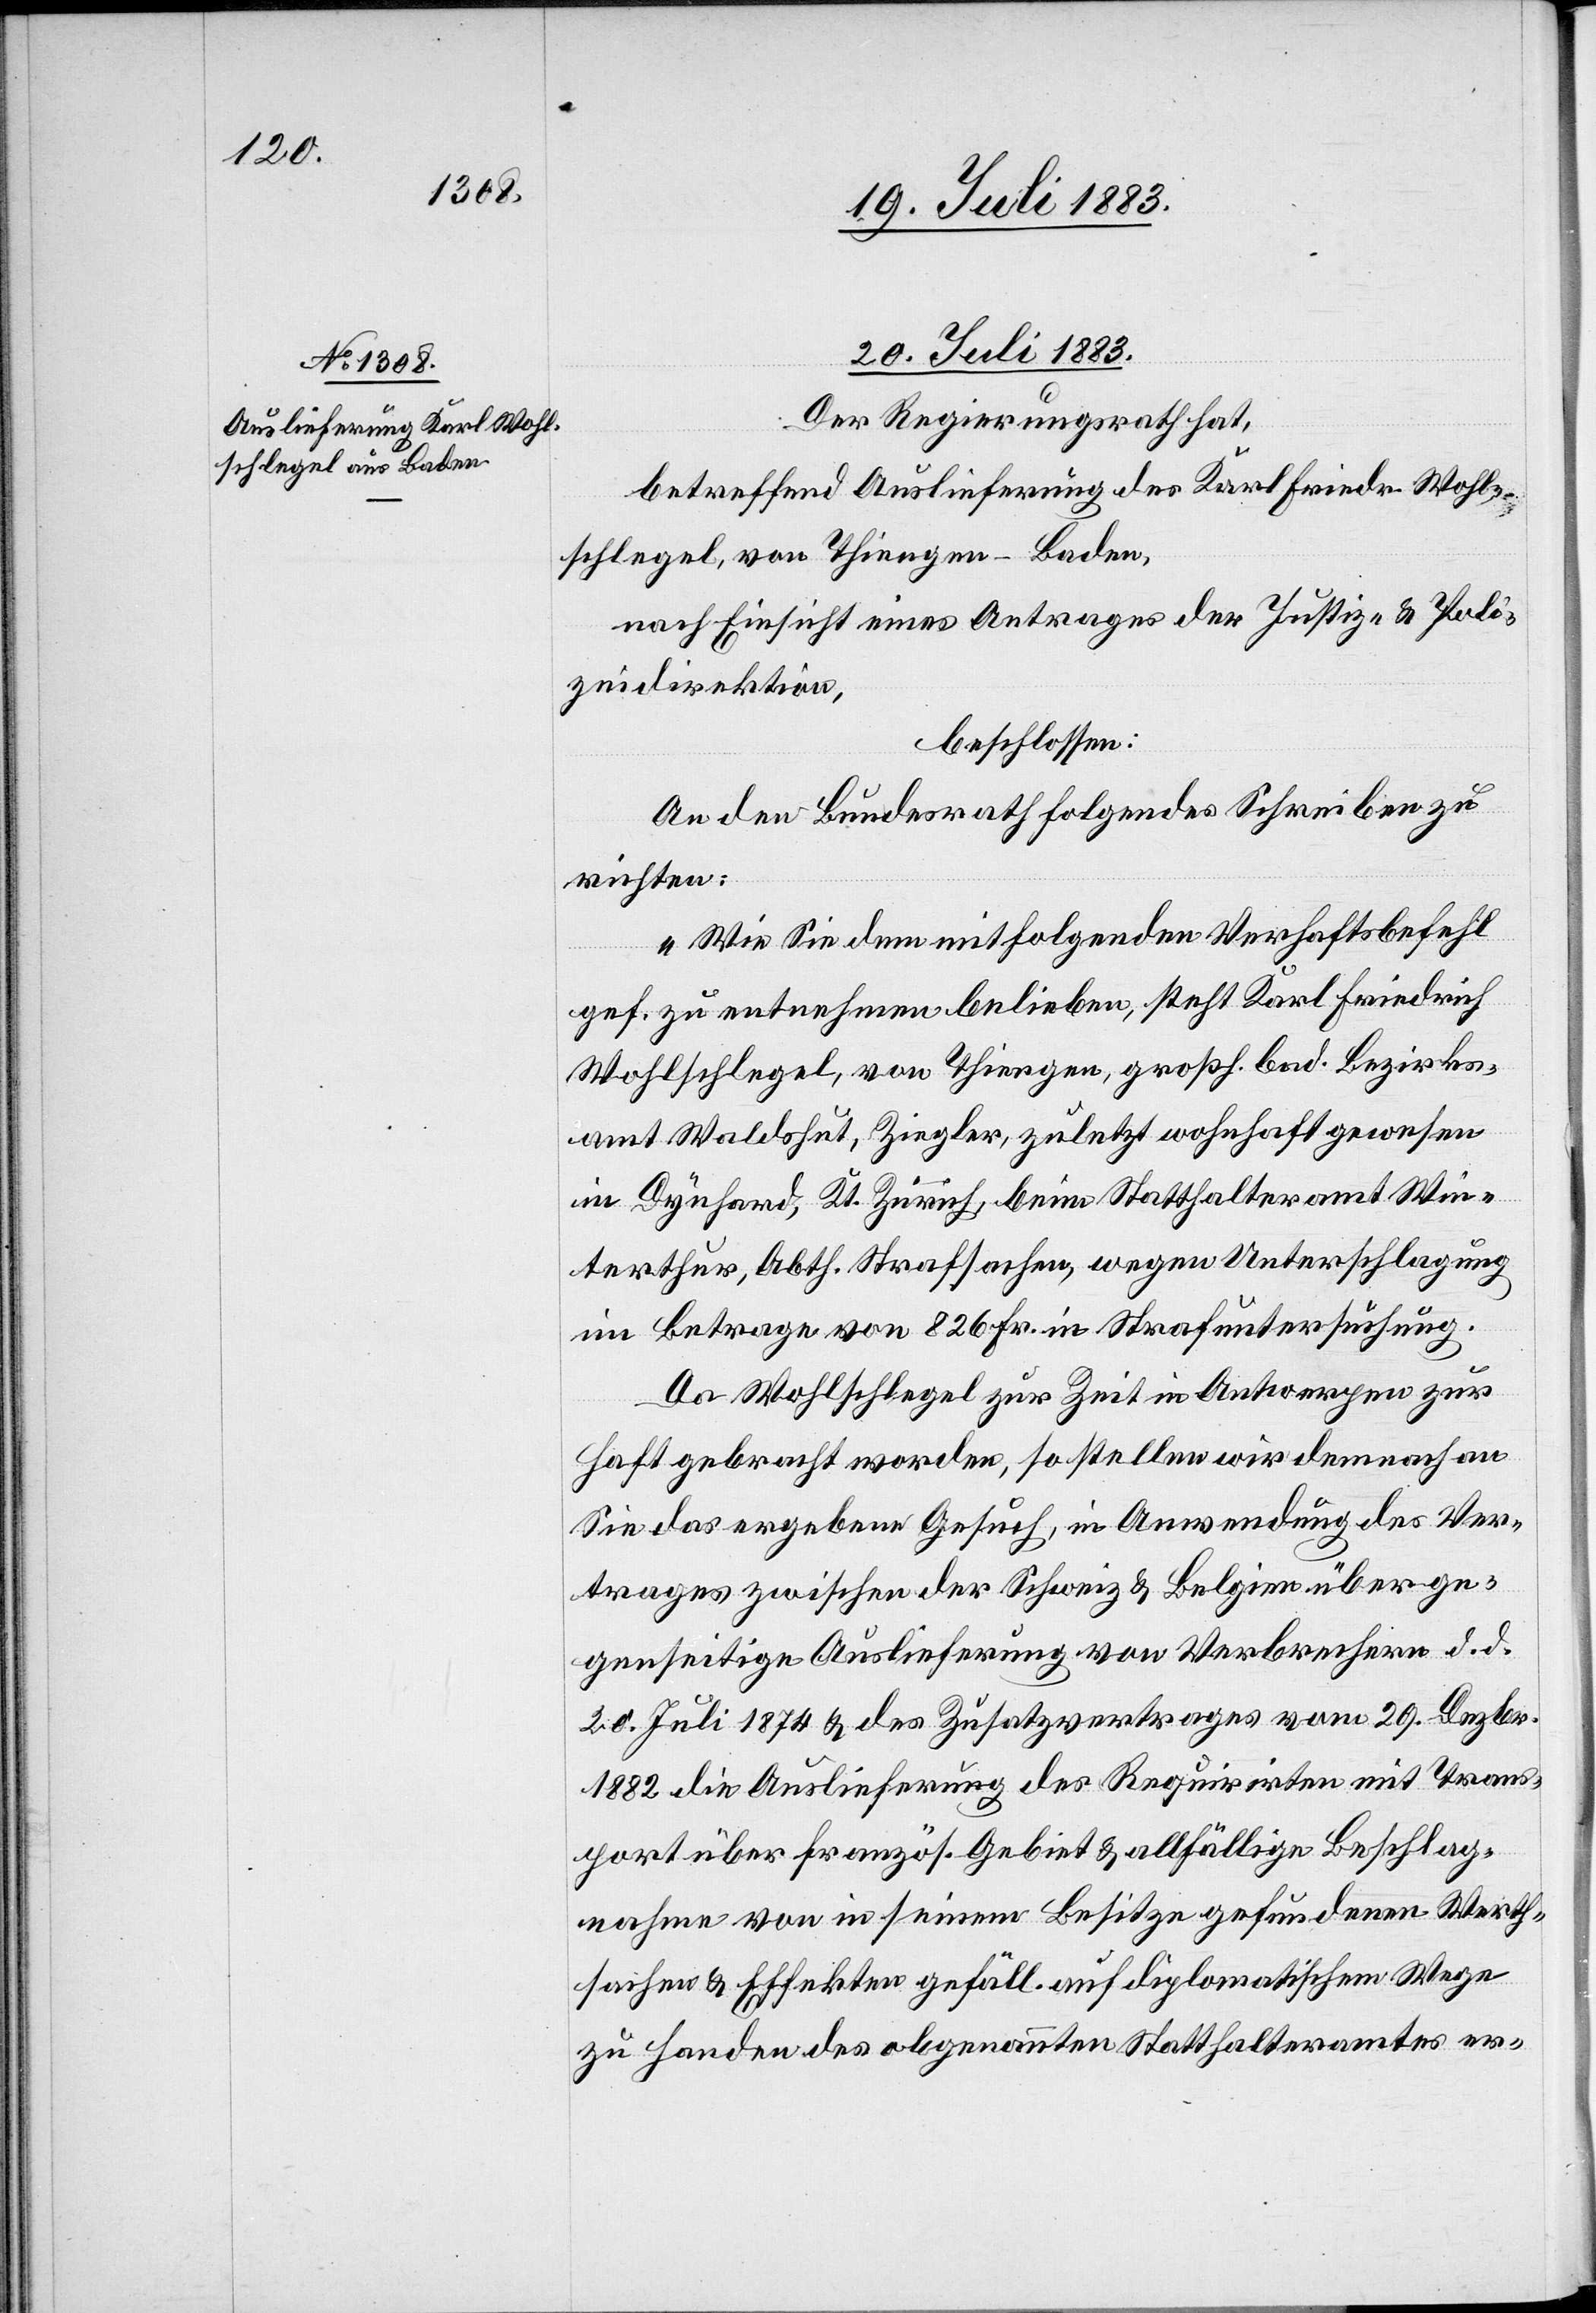
20. Juli 1883.
Der Regierungsrath hat,
betreffend Auslieferung des Karl Friedr. Wohl¬
schlegel, von Thiengen - Baden,
nach Einsicht eines Antrages der Justiz- & Poli¬
zeidirektion,
beschlossen:
An den Bundesrath folgendes Schreiben zu
richten:
„Wie Sie dem mitfolgenden Verhaftsbefehl
gef. zu entnehmen belieben, steht Karl Friedrich
Wohlschlegel, von Thiengen, großh. bad. Bezirks¬
amt Waldshut, Ziegler, zuletzt wohnhaft gewesen
in Dynhard, Kt. Zürich, beim Statthalteramt Win¬
terthur, Abth. Strafsachen, wegen Unterschlagung
im Betrage von 826 Fr. in Strafuntersuchung.
Da Wohlschlegel zur Zeit in Antwerpen zur
Haft gebracht worden, so stellen wir demnach an
Sie das ergebene Gesuch, in Anwendung des Ver¬
trages zwischen der Schweiz & Belgien über ge¬
genseitige Auslieferung von Verbrechern d. d.
20. Juli 1874 & des Zusatzvertrages vom 29. Dezbr.
1882 die Auslieferung des Requirirten mit Trans¬
port über französ. Gebiet & allfällige Beschlag¬
nahme von in seinem Besitze gefundenen Werth¬
sachen & Effekten gefäll. auf diplomatischem Wege
zu Handen des obgenannten Statthalteramtes er-